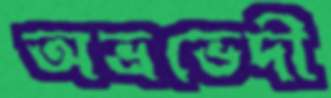
অভ্রভেদী